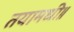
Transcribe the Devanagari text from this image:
तयामधी॥